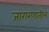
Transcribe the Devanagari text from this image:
जागरणातील